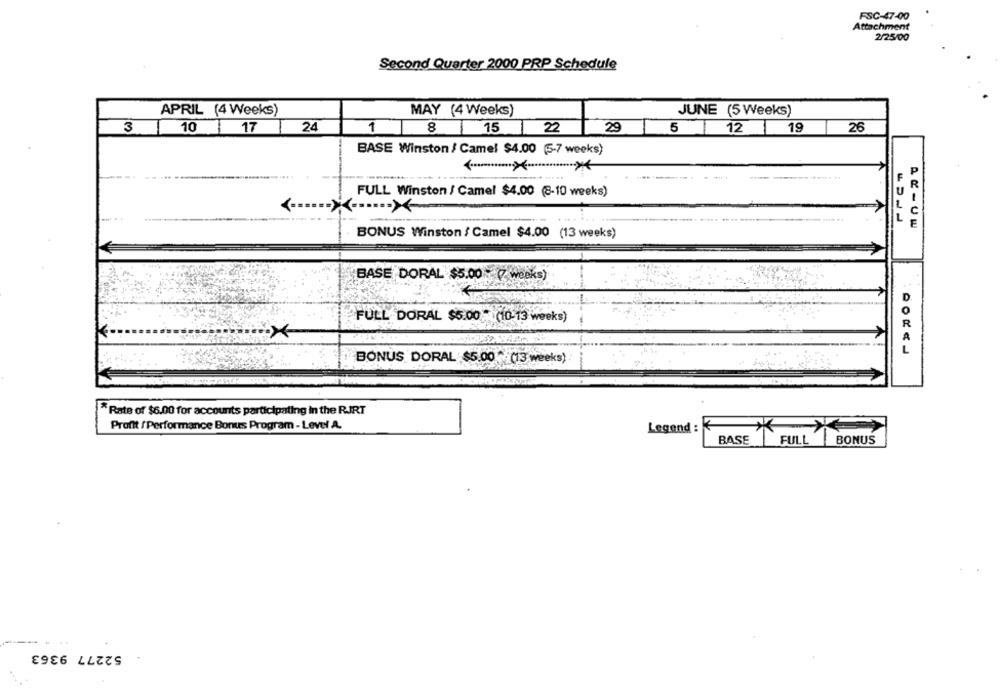
FSC-47-00
Attachment
2/25/00
Second Quarter 2000 PRP Schedule
APRIL (4 Weeks)
MAY (4 Weeks)
JUNE (5 Weeks)
3
10
17
24
1
8
T
15
22
29
5
1
19
26
BASE Winston / Camel $4.00 (5-7 weeks)
-...
FULL Winston / Camel $4.00 (8-10 weeks)
ACLUw
BONUS Winston / Camel $4.00 (13 weeks)
BASE DORAL $5.00 (7 weeks)
FULL DORAL $5.00 * (10-13 weeks)
R
BONUS DORAL $5.00 + (13 weeks)
* Rate of $6.00 for accounts participating in the RJRT
Profit / Performance Bonus Program - Level A.
Legend :
BASE
FULL BONUS
52277 9363